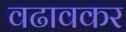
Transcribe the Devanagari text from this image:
वढावकर